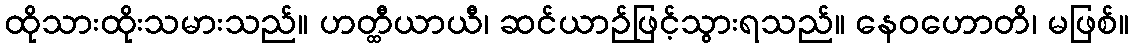
ထိုသားထိုးသမားသည်။ ဟတ္ထီယာယီ၊ ဆင်ယာဉ်ဖြင့်သွားရသည်။ နေဝဟောတိ၊ မဖြစ်။